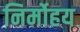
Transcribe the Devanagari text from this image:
निर्मोहय